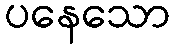
ပနေသော